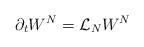
LaTeX: \begin{align*}\partial_t W^N ={\cal{L}}_N W^N\end{align*}